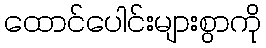
ထောင်ပေါင်းများစွာကို